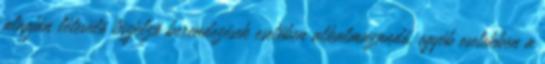
alapján létesülõ tûzjelzõ berendezések esetében alkalmazandó, egyéb esetekben a